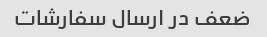
ضعف در ارسال سفارشات